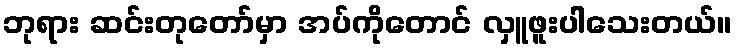
ဘုရား ဆင်းတုတော်မှာ အပ်ကိုတောင် လှူဖူးပါသေးတယ်။